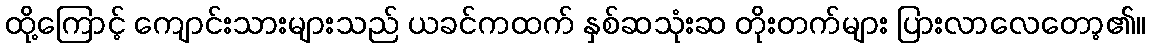
ထို့ကြောင့် ကျောင်းသားများသည် ယခင်ကထက် နှစ်ဆသုံးဆ တိုးတက်များ ပြားလာလေတော့၏။